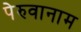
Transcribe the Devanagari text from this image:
पेरुवानाम